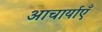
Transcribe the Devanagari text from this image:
आचार्याएँ